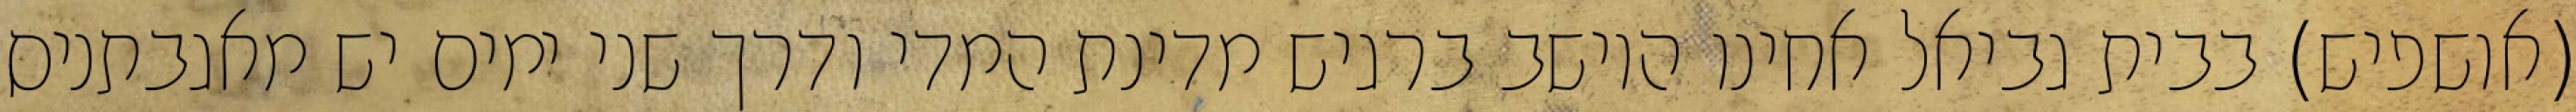
(אושפיש) בבית גביאל אחינו היושב ברגיש מדינת המדי ודרך שני ימים יש מאגבתניס